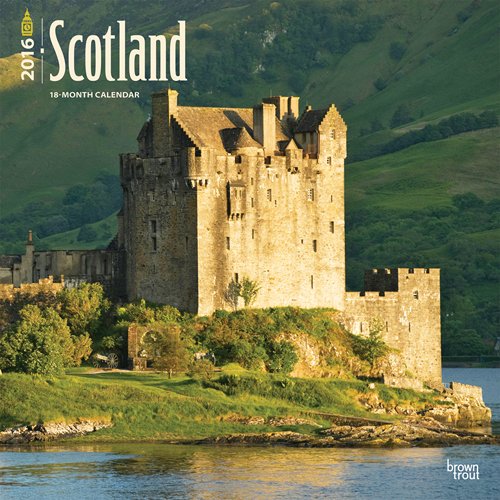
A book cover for Scotland 2016 Square 12x12 (Multilingual Edition); Browntrout Publishers; Travel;